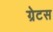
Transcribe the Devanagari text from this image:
ग्रेटस